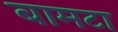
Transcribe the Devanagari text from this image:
बामटा